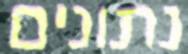
נתונים